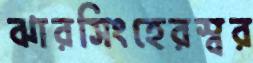
ঝারসিংহেরস্বর